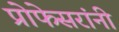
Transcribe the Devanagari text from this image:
प्रोफेसरांनी